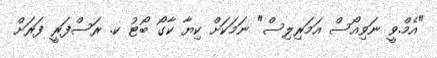
"އެމް.ވީ ނަވިއޯސް އަމަރިލިސް" ނަމަކަށް ކިޔާ ކާގޯ ބޯޓު ކ. ރަސްފަރީ ފަރަށް